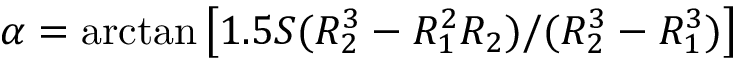
\alpha = \arctan \left[ 1 . 5 S ( R _ { 2 } ^ { 3 } - R _ { 1 } ^ { 2 } R _ { 2 } ) / ( R _ { 2 } ^ { 3 } - R _ { 1 } ^ { 3 } ) \right]